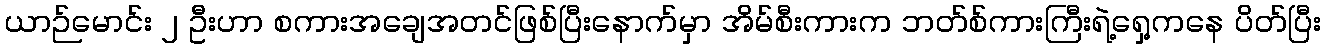
ယာဉ်မောင်း ၂ ဦးဟာ စကားအချေအတင်ဖြစ်ပြီးနောက်မှာ အိမ်စီးကားက ဘတ်စ်ကားကြီးရဲ့ရှေ့ကနေ ပိတ်ပြီး